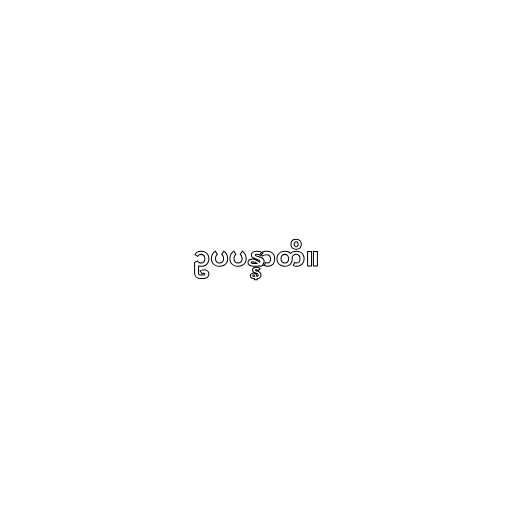
ဥပပန္နာတိ။